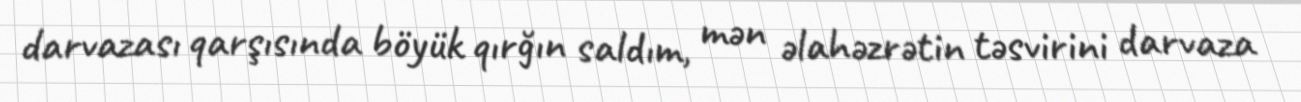
darvazası qarşısında böyük qırğın saldım, mən əlahəzrətin təsvirini darvaza